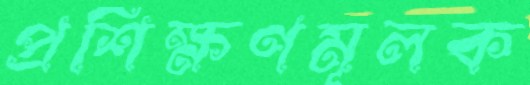
প্রশিক্ষণমূলক